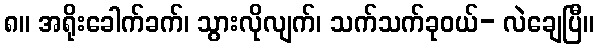
၈။ အရိုးခေါက်ခက်၊ သွားလိုလျက်၊ သက်သက်ခုဝယ်- လဲချေပြီ။